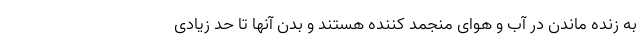
به زنده ماندن در آب و هوای منجمد کننده هستند و بدن آنها تا حد زیادی